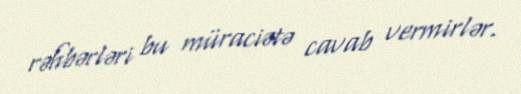
rəhbərləri bu müraciətə cavab vermirlər.